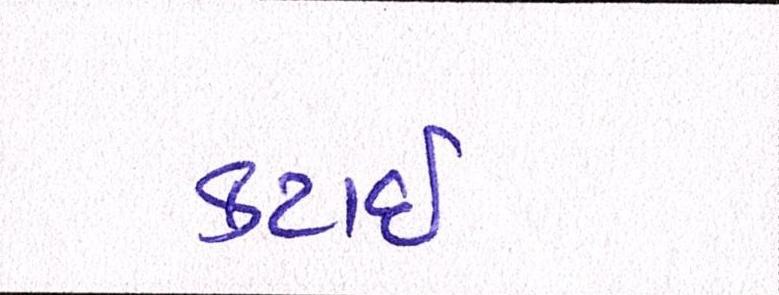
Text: કટાઈ